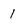
Character: 1